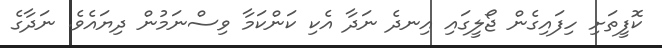
ކޮފީތަށި ހިފައިގެން ޖޯލީގައި އިނދެ ނަދާ އެކި ކަންކަމާ ވިސްނަމުން ދިޔައެވެ. ނަދާގެ